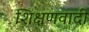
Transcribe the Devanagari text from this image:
शिक्षणवादी